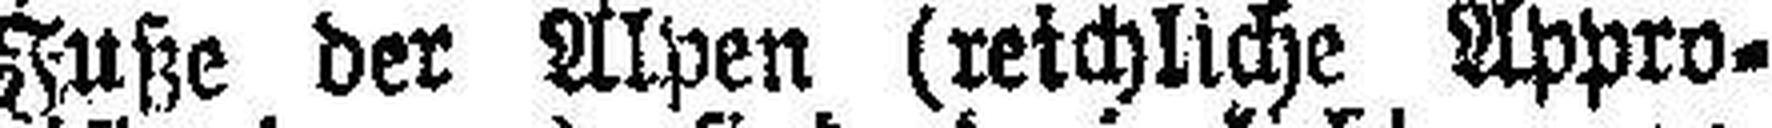
Fuße der Alpen (reichliche Appro¬